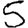
Digit: 5